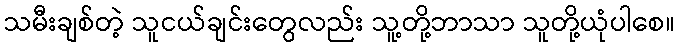
သမီးချစ်တဲ့ သူငယ်ချင်းတွေလည်း သူ့တို့ဘာသာ သူတို့ယုံပါစေ။